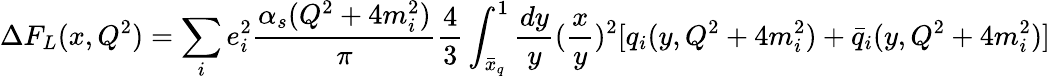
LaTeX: \Delta F_{L}(x,Q^{2})=\sum_{i}e_{i}^{2}\frac{\alpha_{s}(Q^{2}+4m_{i}^{2})}{\pi}\frac{4}{3}\int_{\bar{x}_{q}}^{1}\frac{dy}{y}(\frac{x}{y})^{2}[q_{i}(y,Q^{2}+4m_{i}^{2})+\bar{q}_{i}(y,Q^{2}+4m_{i}^{2})]